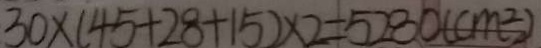
3 0 \times ( 4 5 + 2 8 + 1 5 ) \times 2 = 5 2 8 0 ( c m ^ { 2 } )